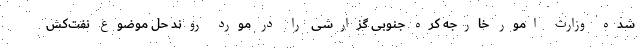
شده وزارت امور خارجه کره جنوبی گزارشی را در مورد روند حل موضوع نفت‌کش